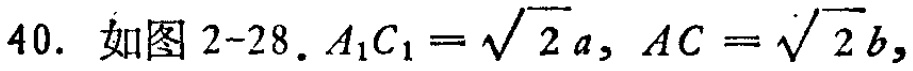
40. 如图2-28. \(A_1C_1 = \sqrt{2}a, AC = \sqrt{2}b,\)